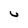
Character: u